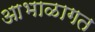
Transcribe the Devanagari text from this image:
आभाळागत